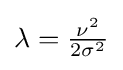
\textstyle \lambda ={\frac {\nu ^{2}}{2\sigma ^{2}}}